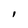
Character: I